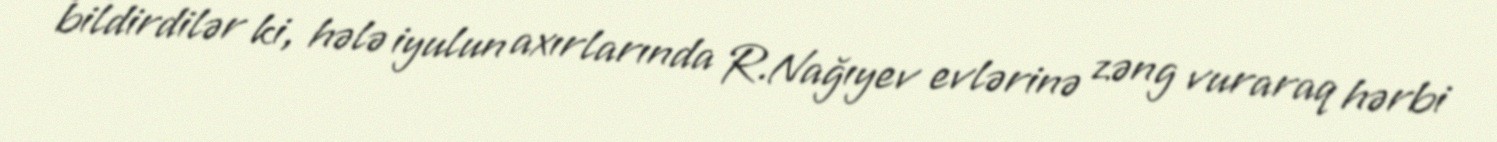
bildirdilər ki, hələ iyulun axırlarında R.Nağıyev evlərinə zəng vuraraq hərbi